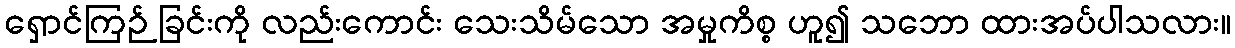
ရှောင်ကြဉ် ခြင်းကို လည်းကောင်း သေးသိမ်သော အမှုကိစ္စ ဟူ၍ သဘော ထားအပ်ပါသလား။